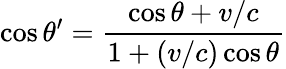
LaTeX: \cos\theta^{\prime}={\frac{\cos\theta+v/c}{1+(v/c)\cos\theta}}